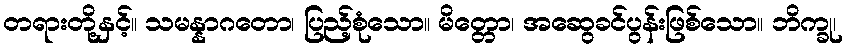
တရားတို့နှင့်။ သမန္နာဂတော၊ ပြည့်စုံသော။ မိတ္တော၊ အဆွေခင်ပွန်းဖြစ်သော။ ဘိက္ခု၊